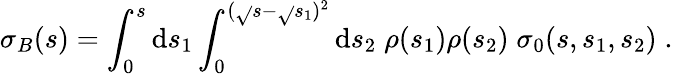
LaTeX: \sigma_{B}(s)=\int_{0}^{s}\mathrm{d}s_{1}\int_{0}^{(\sqrt{}{{s}}-\sqrt{}{{s_{1}}})^{2}}\mathrm{d}s_{2}\; \rho(s_{1})\rho(s_{2})\; \sigma_{0}(s,s_{1},s_{2})\; .